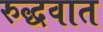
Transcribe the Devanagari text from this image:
रुद्धवात